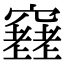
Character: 𥨮